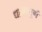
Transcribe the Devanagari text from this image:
धान्यपूर्ण